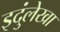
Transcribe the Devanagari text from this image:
इदुंलेखा